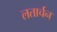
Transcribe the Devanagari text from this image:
लतार्चन